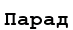
Парад